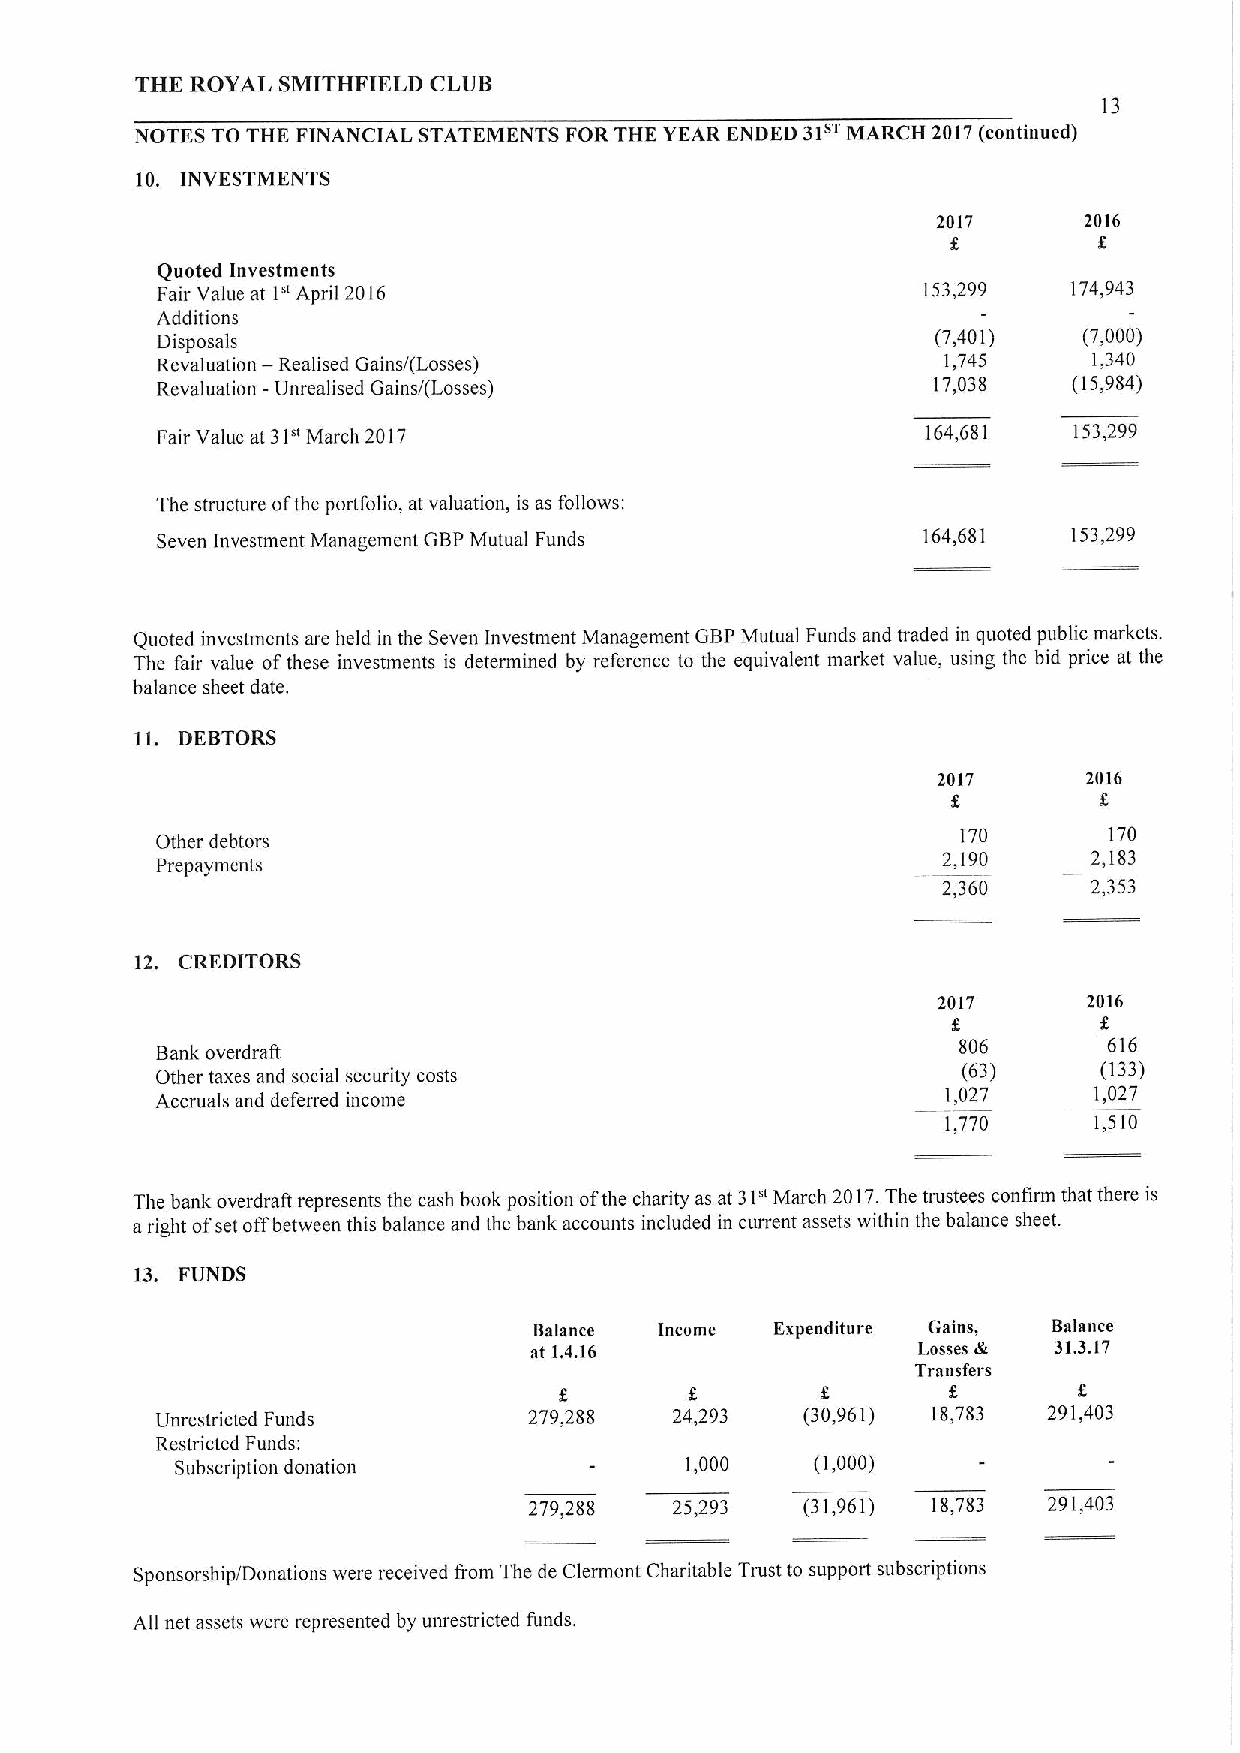
THE ROYAL SMITHFIELD CLUB
 13
 NOTES TO THE FINANCIAL STATEMENTS FOR THE YEAR ENDED 31 MARCH 2017(continued)
 10. INVESTMENTS
 2017      2016
 Quoted Investments
 Fair Value at la April 2016                        153,299   174,943
 Additions
 Disposals                                           (7,401)   (7,000)
 Revaluation — Realised Gains/(Losses)                1,745    1,340
 Revaluation -Unrealised Gains/(Losses)              17,038   (15,984)
 Fair Value at 31" March 2017                       164,681   153,299
 The structure ofthe portfolio, at valuation, is as follows:
 Seven Investment Management GBPMutual Funds        164,681   153,299
 Quoted investments are held in the Seven Investment Management GBPMutual Funds and traded in quoted public markets.
 The fair value ofthese investments is determined by reference to the equivalent market value, using the bid price at the
 balance sheet date.
 11. DEBTORS
 2017      2016
 Other debtors                                         170      170
 Prepayments
 2,190     2,183
 2,360     2,353
 12. CREDITORS
 2017      2016
 806      616
 Bank overdraft
 Other taxes and social security costs                 (63)     (133)
 Accruals and deferred income                         1,027    1,027
 1,770    1,510
 The bank overdratt represents the cash book position ofthe charity as at 31oMarch 2017.The trustees confirm that there is
 aright ofset offbetween this balance and the bank accounts included in current assets within the balance sheet.
 13. FUNDS
 Balance  Income Expenditure Gains, Balance
 at 1.4.16                 Losses & 31.3.17
 Transfers
 Unrestricted Funds       279,288   24,293  (30,961) 18,783 291,403
 Restricted Funds:
 Subscription donation            1,000    (1,000)
 279,288   25,293  (31,961) 18,783 291,403
 Sponsorship/Donations were received from The de Clermont Charitable Trust to support subscriptions
 All net assets were represented by unrestricted funds.